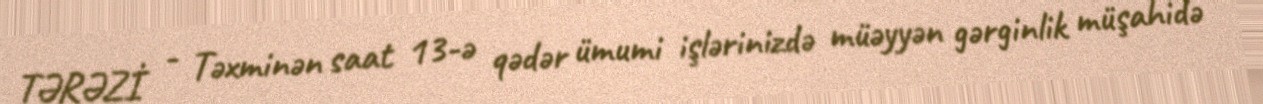
TƏRƏZİ - Təxminən saat 13-ə qədər ümumi işlərinizdə müəyyən gərginlik müşahidə